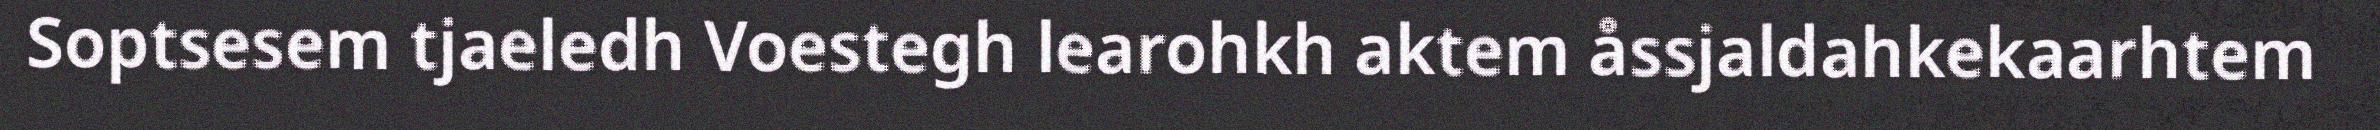
Soptsesem tjaeledh Voestegh learohkh aktem åssjaldahkekaarhtem